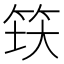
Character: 𬔺